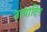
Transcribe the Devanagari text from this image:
उत्पादिन